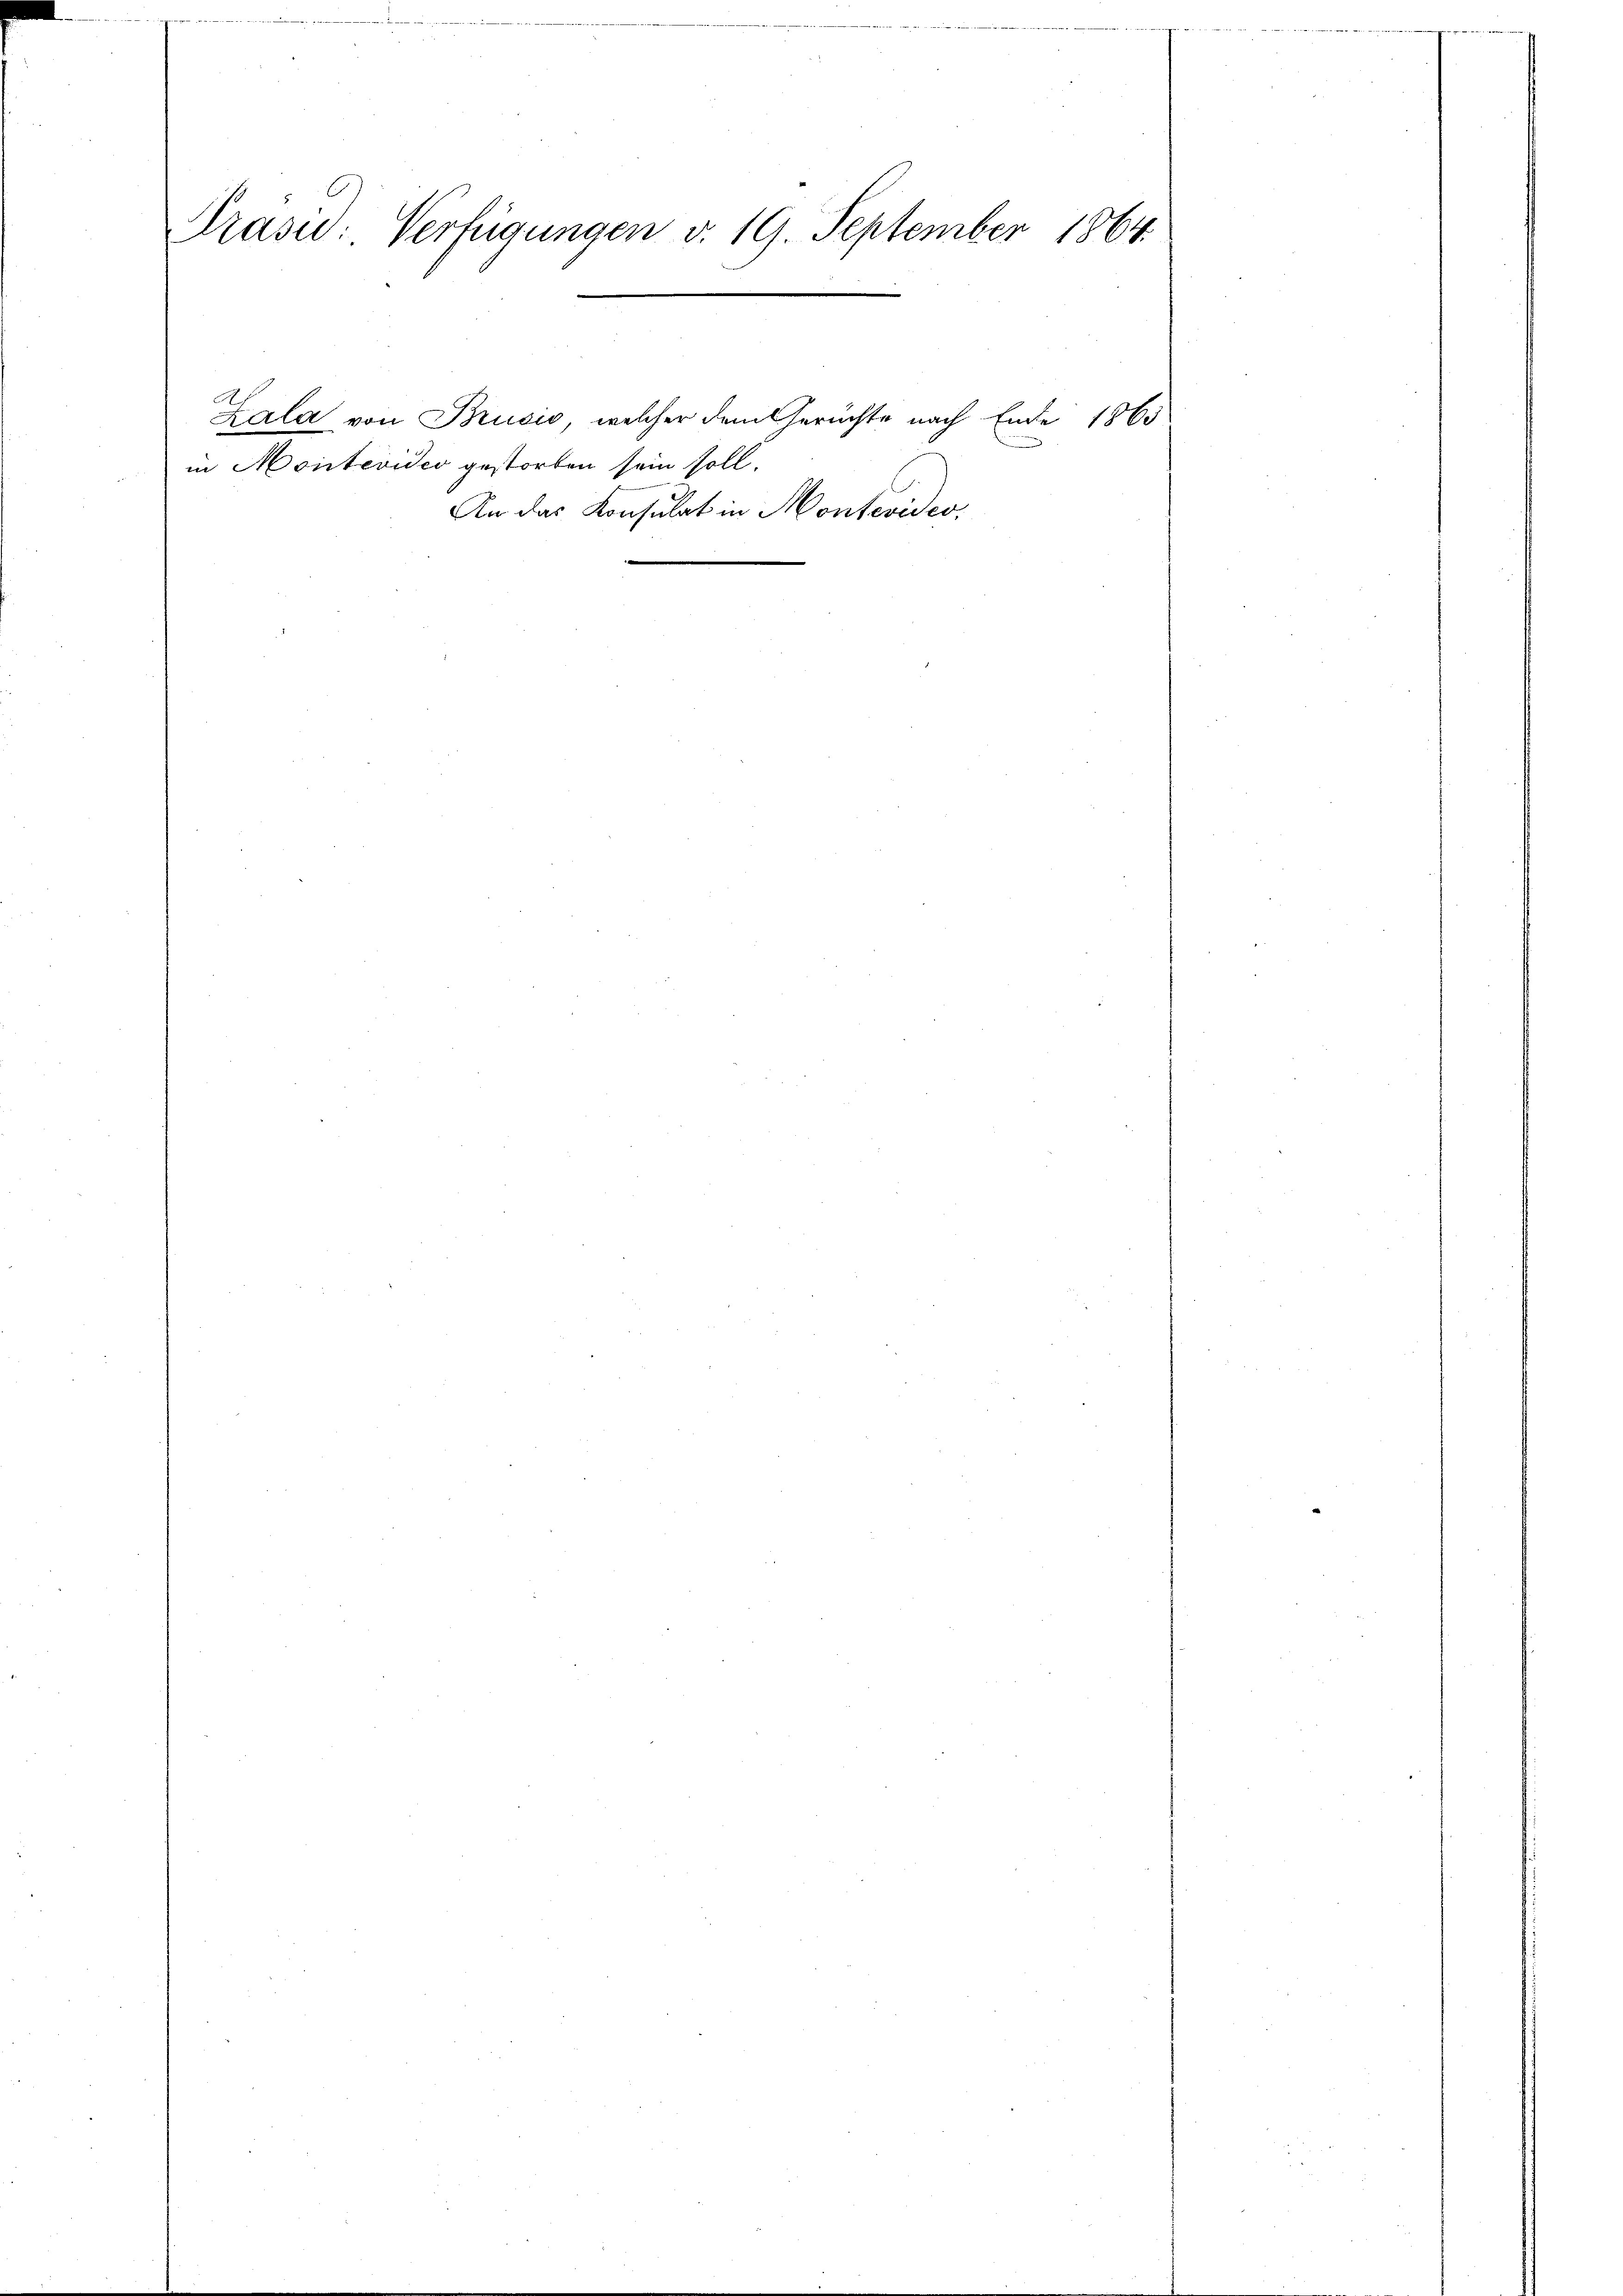
Präsid: Verfügungen v. 19. September 1864.

Montevidio gestorben sein soll.

Lala von Brusio, welcher dem Gerüchte nach Ende 1863
An das Konsulat in Montevideo